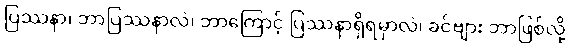
ပြဿနာ၊ ဘာပြဿနာလဲ၊ ဘာကြောင့် ပြဿနာရှိရမှာလဲ၊ ခင်ဗျား ဘာဖြစ်လို့